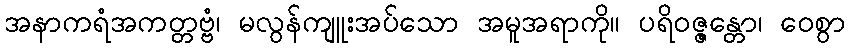
အနာကရံအကတ္တဗ္ဗံ၊ မလွန်ကျူးအပ်သော အမူအရာကို။ ပရိဝဇ္ဇန္တော၊ ဝေစွာ